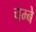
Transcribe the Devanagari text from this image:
चम्बे